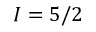
I = 5 / 2